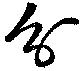
分